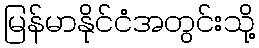
မြန်မာနိုင်ငံအတွင်းသို့